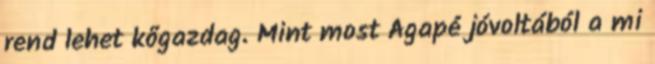
rend lehet kőgazdag. Mint most Agapé jóvoltából a mi